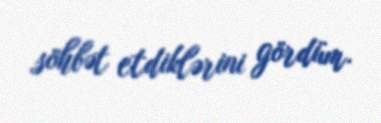
söhbət etdiklərini gördüm.